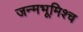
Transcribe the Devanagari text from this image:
जन्मभूमिश्च